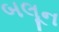
બલૂન